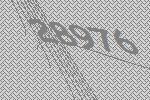
28976